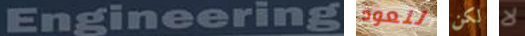
Engineering لنعود لكن لا